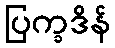
ပြက္ခဒိန်